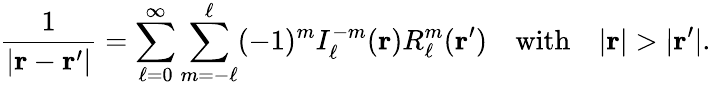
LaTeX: {\frac{1}{|\mathbf{r}-\mathbf{r}^{\prime}|}}=\sum_{\ell=0}^{\infty}\sum_{m=-\ell}^{\ell}(-1)^{m}I_{\ell}^{-m}(\mathbf{r})R_{\ell}^{m}(\mathbf{r}^{\prime})\quad{\mathrm{with}}\quad|\mathbf{r}|>|\mathbf{r}^{\prime}|.